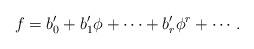
LaTeX: \begin{align*}f=b'_0+b'_1\phi+\cdots+b'_r\phi^r+ \cdots.\end{align*}